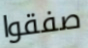
صفقوا